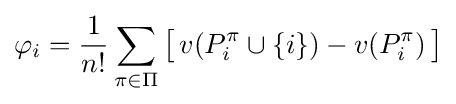
\varphi _{i}={\frac {1}{n!}}\sum _{\pi \in \Pi }{\big [}\,v(P_{i}^{\pi }\cup \{i\})-v(P_{i}^{\pi })\,{\big ]}